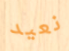
نعيد